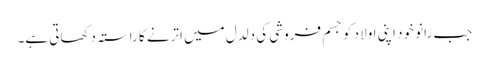
جب رانو خود اپنی اولاد کو جسم فروشی کی دلدل میں اترنے کا راستہ دکھاتی ہے۔